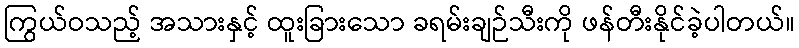
ကြွယ်ဝသည့် အသားနှင့် ထူးခြားသော ခရမ်းချဉ်သီးကို ဖန်တီးနိုင်ခဲ့ပါတယ်။